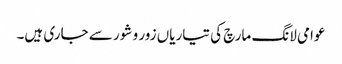
عوامی لانگ مارچ کی تیاریاں زور و شور سے جاری ہیں۔